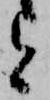
と